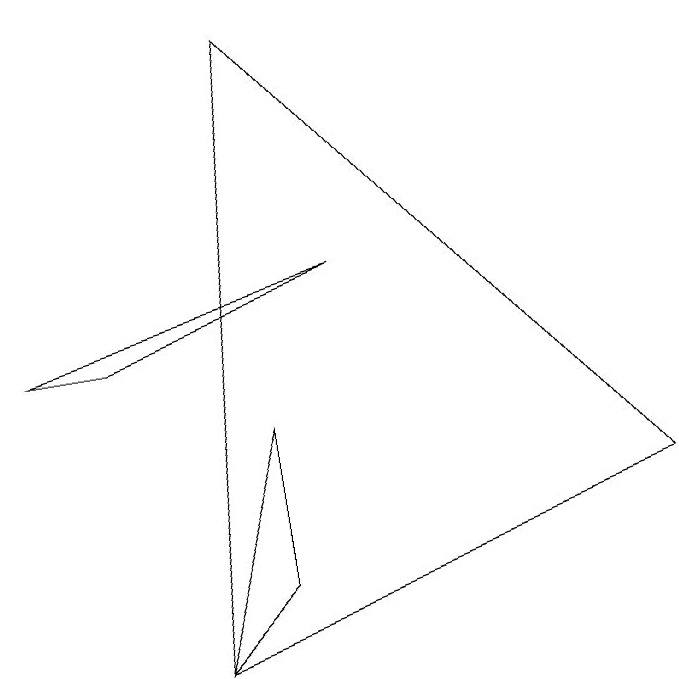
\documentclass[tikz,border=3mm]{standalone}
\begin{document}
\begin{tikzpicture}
\draw (4,9) -- (3,1) -- (9,3) -- cycle;
\draw (3,1) -- (4,4) -- (4,2) -- cycle;
\draw (5,6) -- (1,5) -- (2,5) -- cycle;
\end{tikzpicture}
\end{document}